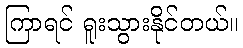
ကြာရင် ရူးသွားနိုင်တယ်။